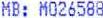
MB: MO26588